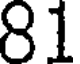
81